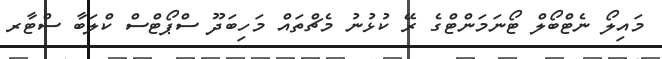
މައިލޯ ނެޓްބޯލް ޓޯނަމަންޓްގެ ރޭ ކުޅުނު މެޗްތައް މަހިބަދޫ ސްޕޯޓްސް ކްލަބާ ސްޓާރ